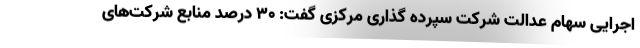
اجرایی سهام عدالت شرکت سپرده گذاری مرکزی گفت: ۳۰ درصد منابع شرکت‌های